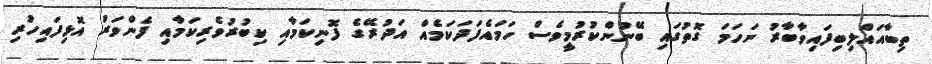
ތިބާއަައްލިބިފައިވާބާރު ނަހަމަ ގޮތުގައި ބޭނުންކުރުމީވެސް ހަމައެފަދަކަމެއް އަދުރޭގެ ފޮނިކަމާއި ކިބުރުވެރިކަމާއި ފެންވަރު އޮޅިފައިހުރި